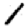
Digit: 1